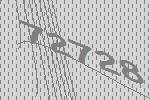
72728